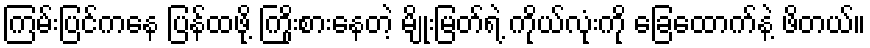
ကြမ်းပြင်ကနေ ပြန်ထဖို့ ကြိုးစားနေတဲ့ မျိုးမြတ်ရဲ့ ကိုယ်လုံးကို ခြေထောက်နဲ့ ဖိတယ်။